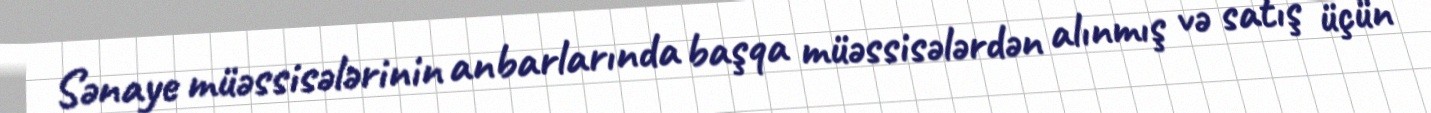
Sənaye müəssisələrinin anbarlarında başqa müəssisələrdən alınmış və satış üçün